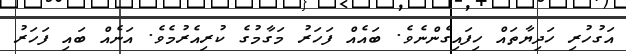
އަގުހުރި ހަދިޔާތައް ހިފައިގެންނެވެ. ބައެއް ފަހަރު މަގާމުގެ ކުރިއެރުމެވެ. އަނެއް ބައި ފަހަރު